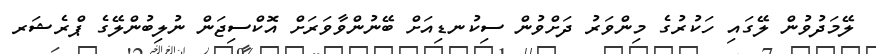
ލޭމަދުވުން ލޭގައި ހަކުރުގެ މިންވަރު ދަށްވުން ސިކުނޑިއަށް ބޭނުންވާވަރަށް އޮކްސިޖަން ނުލިބުންލޭގެ ޕްރެޝަރ